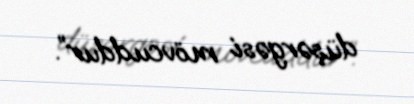
düşərgəsi mövcuddur”.